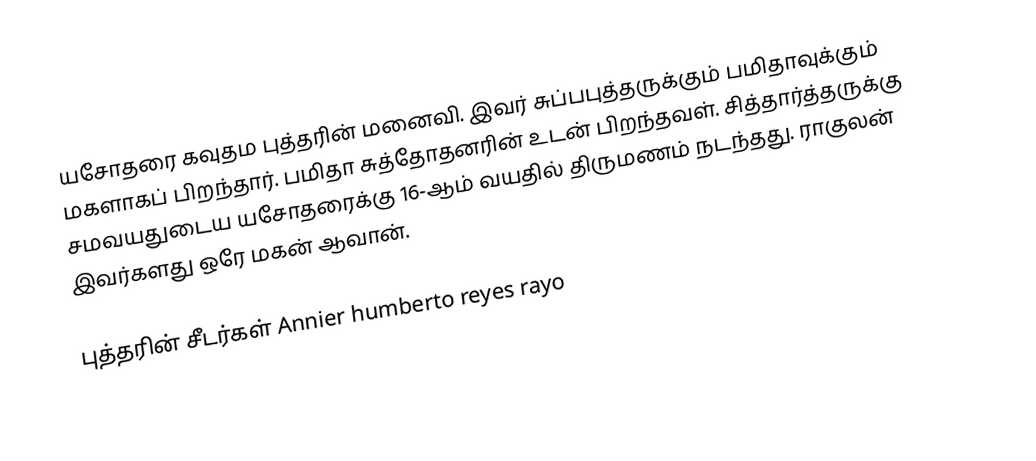
யசோதரை கவுதம புத்தரின் மனைவி. இவர் சுப்பபுத்தருக்கும் பமிதாவுக்கும் மகளாகப் பிறந்தார். பமிதா சுத்தோதனரின் உடன் பிறந்தவள். சித்தார்த்தருக்கு சமவயதுடைய யசோதரைக்கு 16-ஆம் வயதில் திருமணம் நடந்தது. ராகுலன் இவர்களது ஒரே மகன் ஆவான்.

புத்தரின் சீடர்கள் Annier humberto reyes rayo